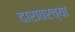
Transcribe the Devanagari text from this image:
दारावरच्या